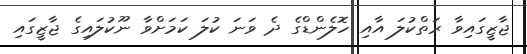
ޖާޒީގައިވާ ރަތްކުލަ އާއި ހޮލެންޑްގެ ދެ ވަނަ ކުލަ ކަމަށްވާ ނޫކުލައިގެ ޖާޒީގައި